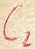
Text: C2